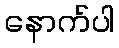
နောက်ပါ